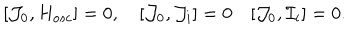
[ { \cal J } _ { 0 } , H _ { o s c } ] = 0 , \quad [ { \cal J } _ { 0 } , { \cal J } _ { i } ] = 0 \quad [ { \cal J } _ { 0 } , { \cal I } _ { i } ] = 0 .